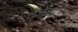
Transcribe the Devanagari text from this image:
कोसरे